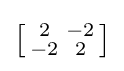
\left[{\begin{smallmatrix}2&-2\\-2&2\end{smallmatrix}}\right]